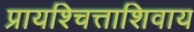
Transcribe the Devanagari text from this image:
प्रायश्चित्ताशिवाय